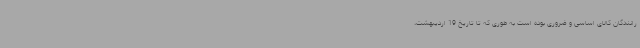
رانندگان کالای اساسی و ضروری بوده است به طوری که تا تاریخ 19 اردیبهشت،